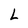
Character: L